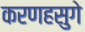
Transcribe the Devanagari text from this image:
करणहसुगे